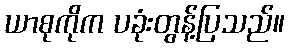
ယာစုကိုက ပခုံးတွန့်ပြသည်။